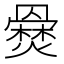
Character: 𤑇